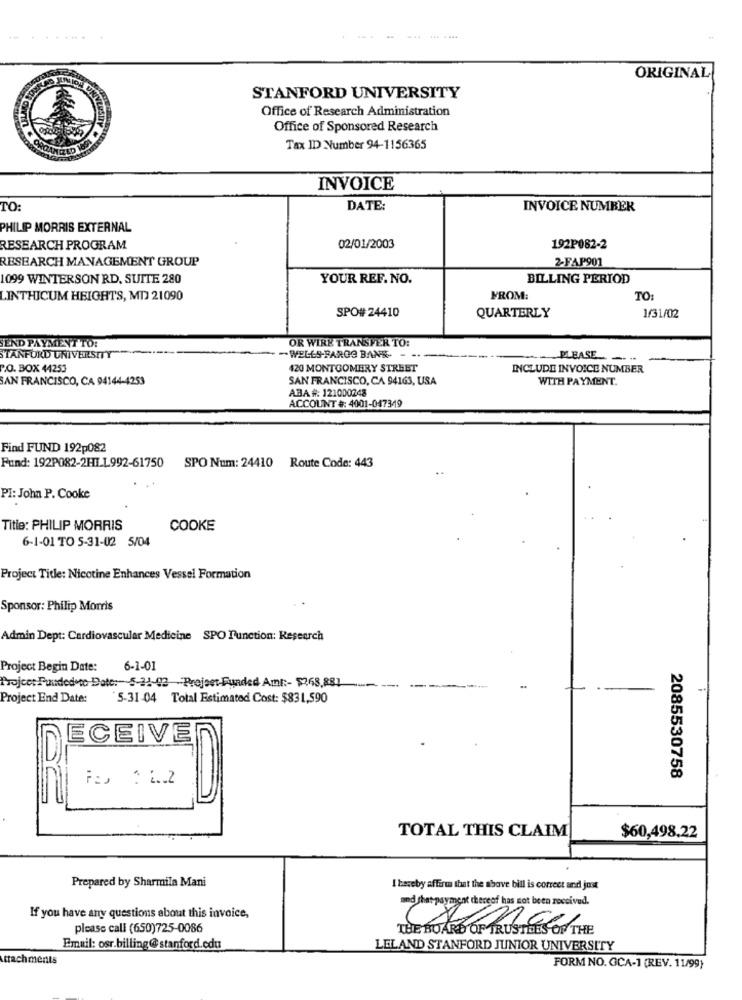
ORIGINAL
STANFORD UNIVERSITY
Office of Research Administration
Office of Sponsored Research
Tax ID Number 94-1156365
INVOICE
TO:
DATE:
INVOICE NUMBER
PHILIP MORRIS EXTERNAL
RESEARCH PROGRAM
02/01/2003
192P082-2
RESEARCH MANAGEMENT GROUP
2-FAP901
1099 WINTERSON RD. SUITE 280
YOUR REF. NO.
BILLING PERIOD
LINTHICUM HEIGHTS, MD 21090
FROM:
TO:
SPO# 24410
QUARTERLY
1/31/02
SEND PAYMENT TO:
OR WIRE TRANSFER TO:
STANFORD UNIVERSITY
-. WELLS-BAROS BANK- - --
PLEASE -..
P.O. BOX 44253
420 MONTGOMERY STREET
INCLUDE INVOICE NUMBER
SAN FRANCISCO, CA 94144-4253
SAN FRANCISCO, CA 94163, USA
WITH PAYMENT.
ABA #: 121000248
ACCOUNT #: 4001-047349
Find FUND 192p082
Fund: 192P082-2H1.1.992-61750
SPO Num: 24410 Route Code: 443
Pl: John P. Cooke
Title: PHILIP MORRIS
COOKE
6-1-01 TO 5-31-02 5/04
Project Title: Nicotine Enhances Vessel Formation
Sponsor: Philip Morris
Admin Dept: Cardiovascular Medicine SPO Function: Research
Project Begin Date:
6-1-01
Project Funded to Date: 5-21-92 -Preject-Funded Amt :- $268,881 -
Project End Date:
5-31-04 Total Estimated Cost: $831,590
ECEIVEn
2085530758
TOTAL THIS CLAIM
$60,498.22
Prepared by Sharmila Mani
I hereby affirm that the shove bill is correct and just
und that payment thereof has not been received.
If you have any questions about this invoice,
please call (650)725-0086
THE BOARD OF TRUSTEES OF THE
Emuil: osr.billing@stanford.edu
LELAND STANFORD JUNIOR UNIVERSITY
trachments
FORM NO. OCA-1 (REV. 11/99)